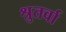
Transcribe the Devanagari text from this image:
श्रुतर्वा